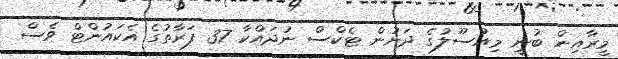
މީރާއިން ބުނީ މިއުސޫލުގެ ދަށުން ޓެކްސް ނުދައްކާ 37 ފަރާތުގެ އެކައުންޓް ވެސް